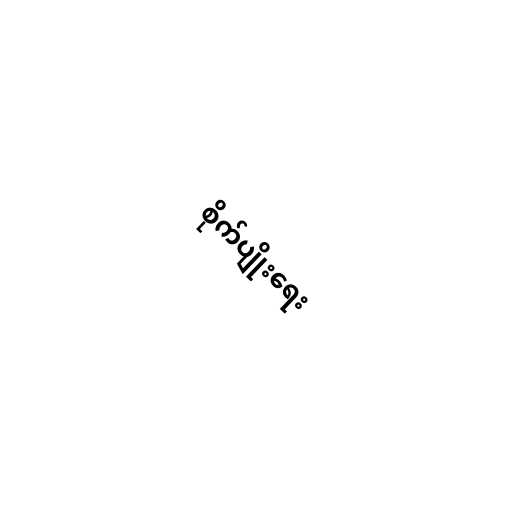
စိုက်ပျိုးရေး